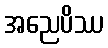
အညေပိဿ